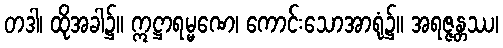
တဒါ၊ ထိုအခါ၌။ ဣဋ္ဌာရမ္မဏေ၊ ကောင်းသောအာရုံ၌။ အရဇ္ဇန္တဿ၊